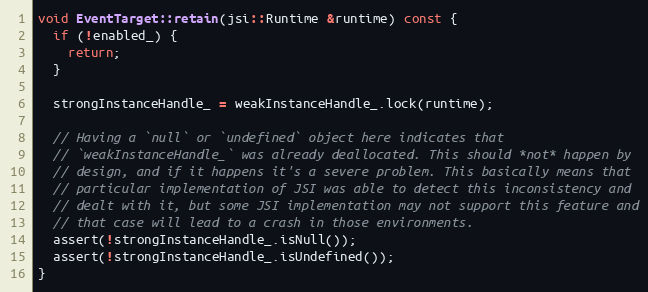
Language: C++
void EventTarget::retain(jsi::Runtime &runtime) const {
  if (!enabled_) {
    return;
  }

  strongInstanceHandle_ = weakInstanceHandle_.lock(runtime);

  // Having a `null` or `undefined` object here indicates that
  // `weakInstanceHandle_` was already deallocated. This should *not* happen by
  // design, and if it happens it's a severe problem. This basically means that
  // particular implementation of JSI was able to detect this inconsistency and
  // dealt with it, but some JSI implementation may not support this feature and
  // that case will lead to a crash in those environments.
  assert(!strongInstanceHandle_.isNull());
  assert(!strongInstanceHandle_.isUndefined());
}